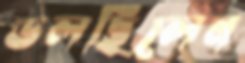
ডলছিলেন